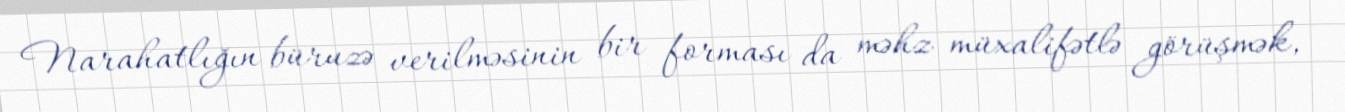
Narahatlığın büruzə verilməsinin bir forması da məhz müxalifətlə görüşmək,